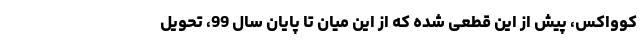
کوواکس، پیش از این قطعی شده که از این میان تا پایان سال 99، تحویل